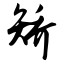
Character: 矫